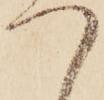
つ